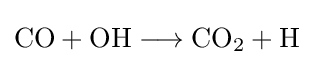
{\mathrm {CO} {}+{}\mathrm {OH} {}\mathrel {\longrightarrow } {}\mathrm {CO} {\vphantom {A}}_{\smash[{t}]{2}}{}+{}\mathrm {H} }